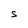
Character: S